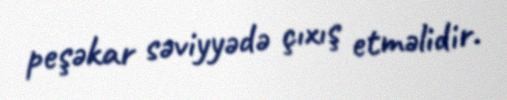
peşəkar səviyyədə çıxış etməlidir.